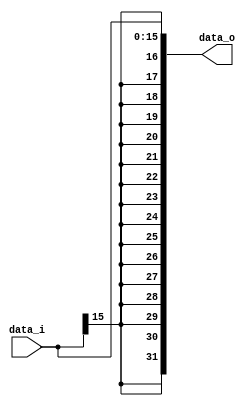
module Sign_Extend(data_i, data_o);

//Interface
  input  wire [15:0]data_i;
  output wire [31:0]data_o;

// Calculation
  assign data_o = {{16{data_i[15]}} , data_i};
endmodule